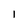
Character: 1